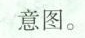
意图。